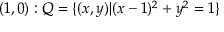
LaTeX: ( 1 , 0 ) : Q = \{ ( x , y ) | ( x - 1 ) ^ { 2 } + y ^ { 2 } = 1 \}